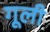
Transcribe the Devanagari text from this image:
गूली